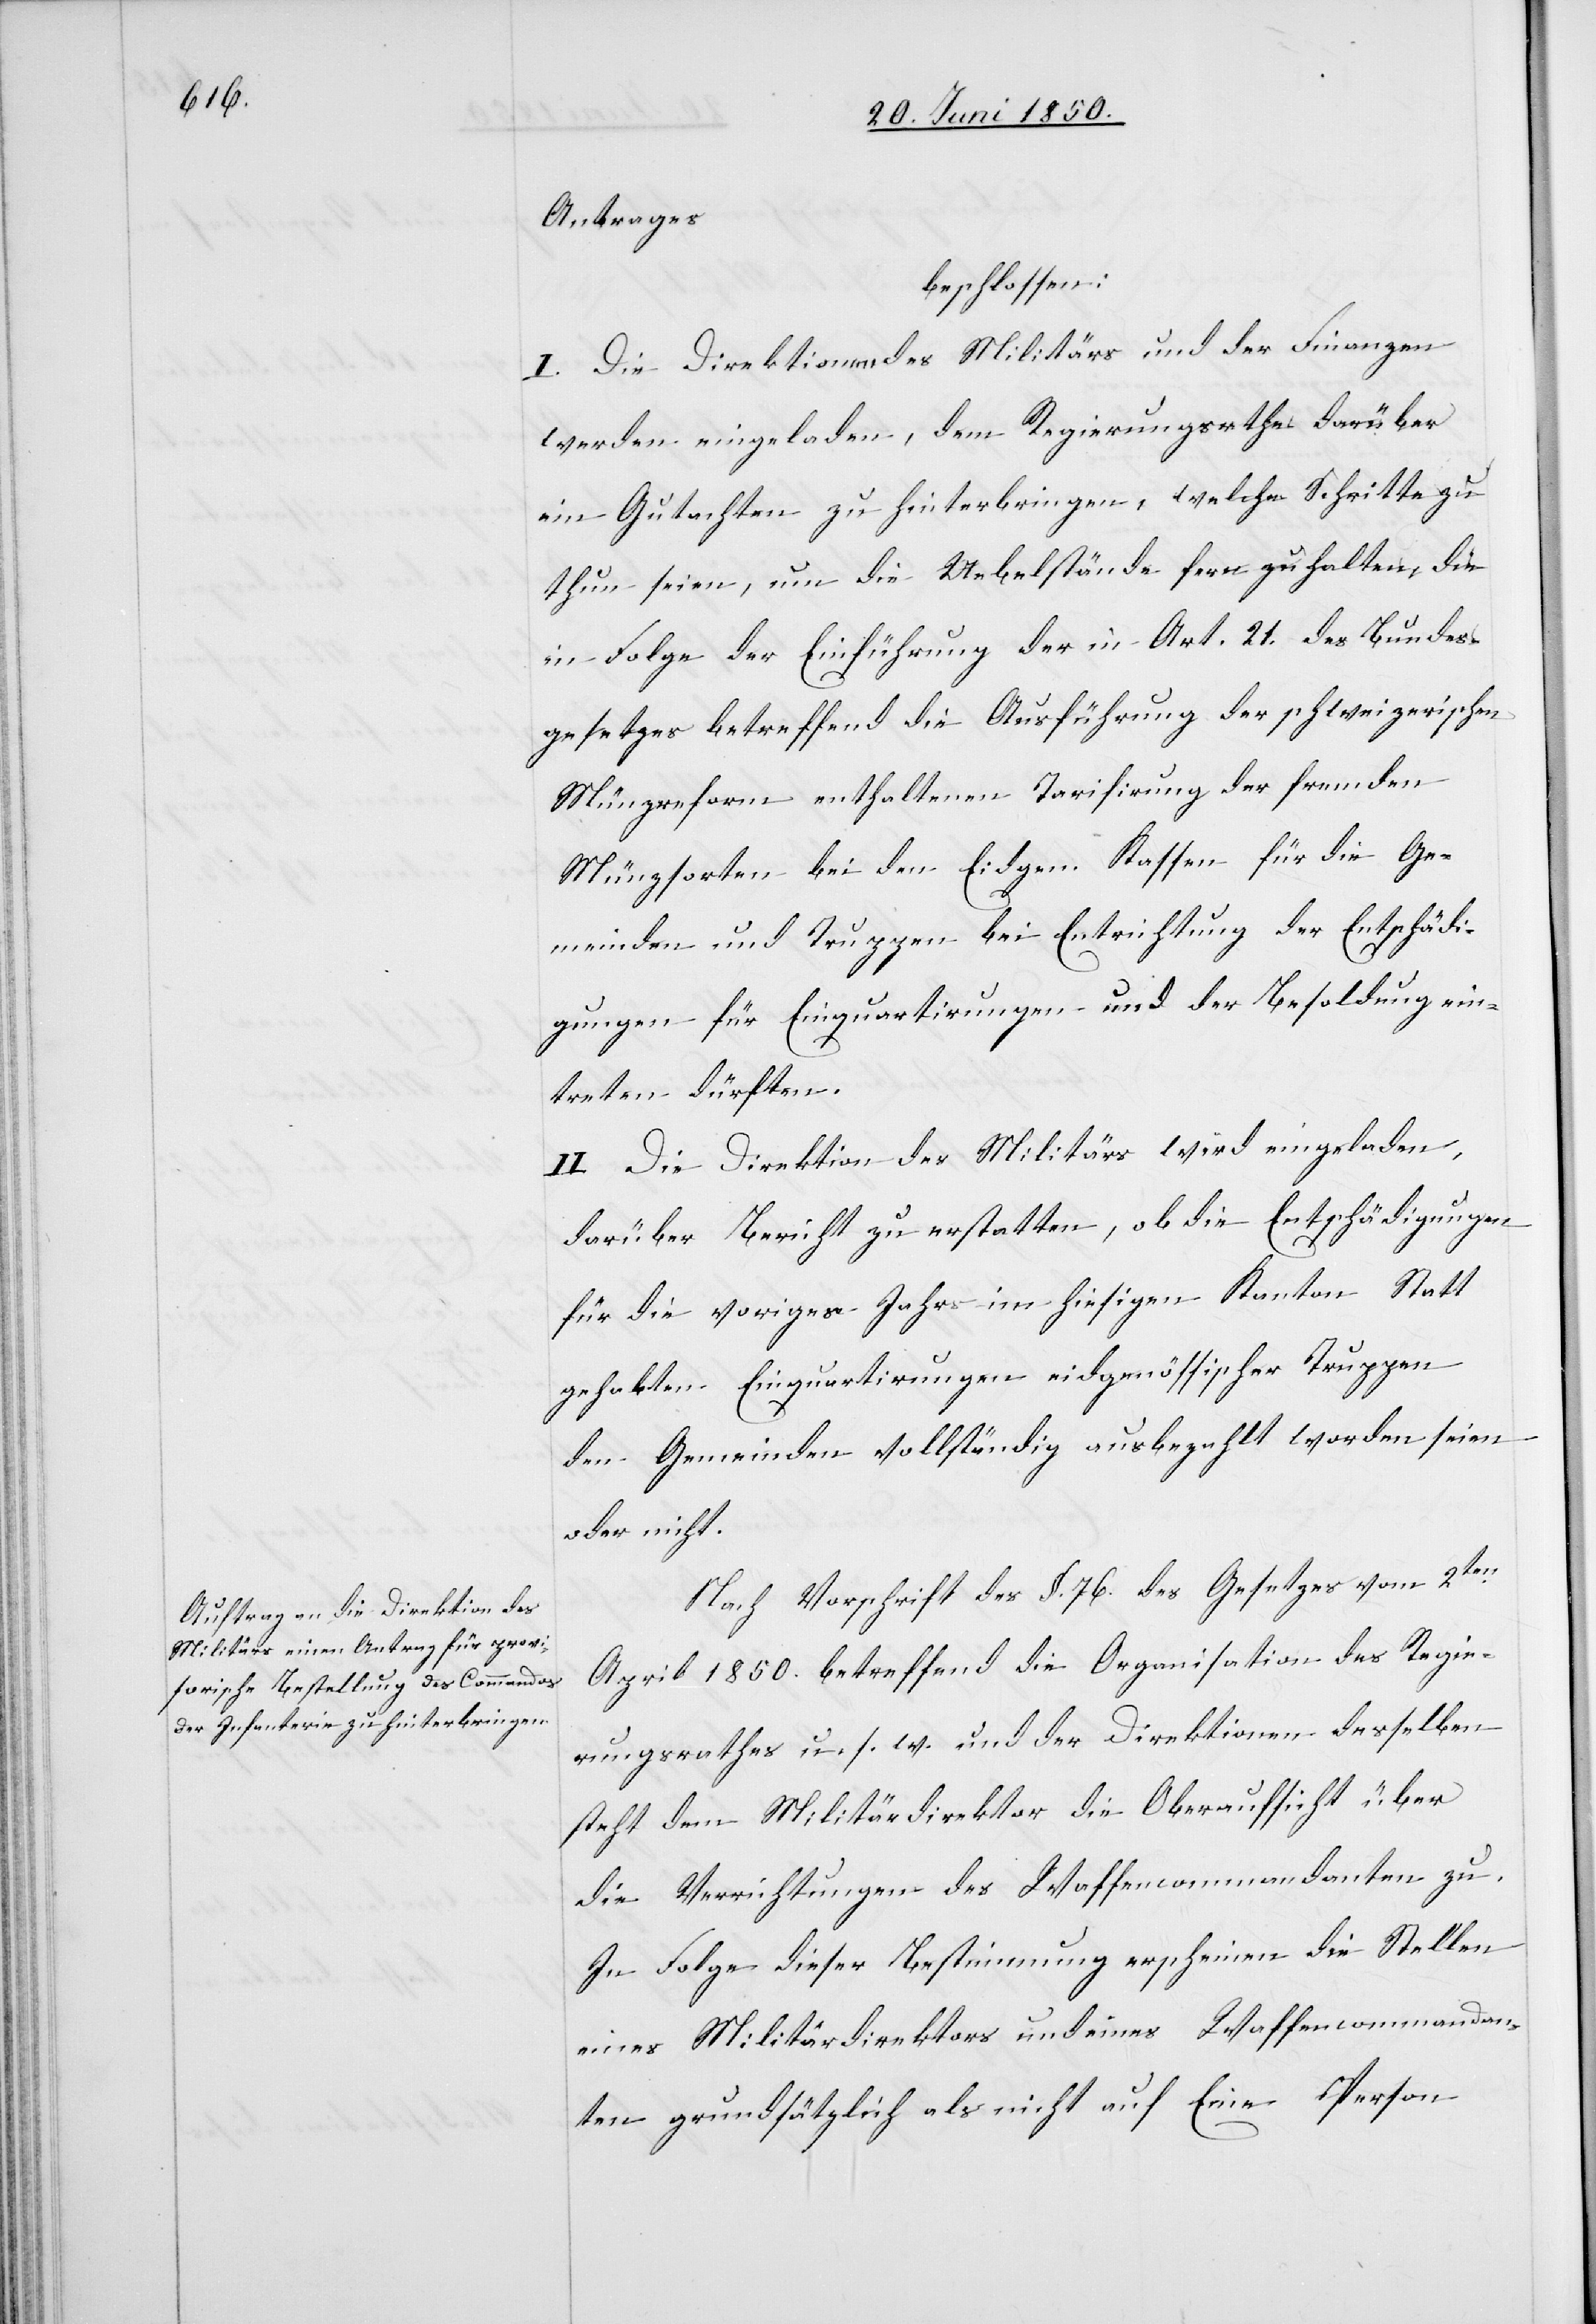
Antrages
beschlossen:
I. Die Direktionen des Militärs und der Finanzen
werden eingeladen, dem Regierungsrathe darüber
ein Gutachten zu hinterbringen, welche Schritte zu
thun seien, um die Uebelstände fern zu halten, die
in Folge der Einführung der in Art. 21. des Bundes¬
gesetzes betreffend die Ausführung des schweizerischen
Münzreform enthaltenen Tarifirung der fremden
Münzsorten bei den Eidgen. Kassen für die Ge¬
meinden und Truppen bei Entrichtung der Entschädi¬
gungen für Einquartirungen und der Besoldung ein¬
treten dürften.
II. Die Direktion des Militärs wird eingeladen,
darüber Bericht zu erstatten, ob die Entschädigungen
für die voriges Jahr im hiesigen Kanton Statt
gehabten Einquartirungen eidgenössischer Truppen
den Gemeinden vollständig ausbezahlt worden seien
oder nicht.
Nach Vorschrift des §. 76. des Gesetzes vom 2ten
April 1850. betreffend die Organisation des Regie¬
rungsrathes u. s. w. und der Direktionen desselben
steht dem Militärdirektor die Oberaufsicht über
die Verrichtungen des Waffencommandanten zu.
In Folge dieser Bestimmung erscheinen die Stellen
eines Militärdirektors und eines Waffencommandan¬
ten grundsätzlich als nicht auf Eine Person